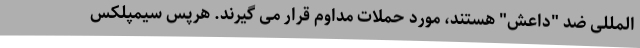
المللی ضد "داعش" هستند، مورد حملات مداوم قرار می گیرند. هرپس سیمپلکس